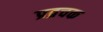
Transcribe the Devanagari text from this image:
प्रव्रचक